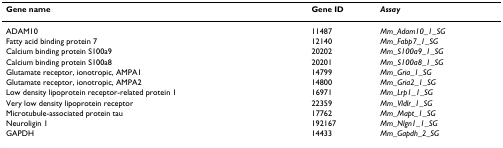
<table><thead><tr><td><b>Gene name</b></td><td><b>Gene ID</b></td><td><b><i>Assay</i></b></td></tr></thead><tbody><tr><td>ADAM10</td><td>11487</td><td><i>Mm_Adam10_1_SG</i></td></tr><tr><td>Fatty acid binding protein 7</td><td>12140</td><td><i>Mm_Fabp7_1_SG</i></td></tr><tr><td>Calcium binding protein S100a9</td><td>20202</td><td><i>Mm_S100a9_1_SG</i></td></tr><tr><td>Calcium binding protein S100a8</td><td>20201</td><td><i>Mm_S100a8_1_SG</i></td></tr><tr><td>Glutamate receptor, ionotropic, AMPA1</td><td>14799</td><td><i>Mm_Gria_1_SG</i></td></tr><tr><td>Glutamate receptor, ionotropic, AMPA2</td><td>14800</td><td><i>Mm_Gria2_1_SG</i></td></tr><tr><td>Low density lipoprotein receptor-related protein 1</td><td>16971</td><td><i>Mm_Lrp1_1_SG</i></td></tr><tr><td>Very low density lipoprotein receptor</td><td>22359</td><td><i>Mm_Vldlr_1_SG</i></td></tr><tr><td>Microtubule-associated protein tau</td><td>17762</td><td><i>Mm_Mapt_1_SG</i></td></tr><tr><td>Neuroligin 1</td><td>192167</td><td><i>Mm_Nlgn1_1_SG</i></td></tr><tr><td>GAPDH</td><td>14433</td><td><i>Mm_Gapdh_2_SG</i></td></tr></tbody></table>